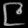
Digit: ၉